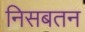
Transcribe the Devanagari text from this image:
निसबतन